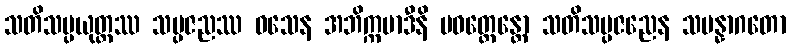
သတိသမ္ပယုတ္တဿ သမ္ပဇညဿ ဝသေန အဘိက္ကမာဒီနိ ပဝတ္တေန္တော သတိသမ္ပဇညေန သမန္နာဂတော